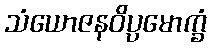
သံယောဇနဝိပ္ပမောက္ခံ